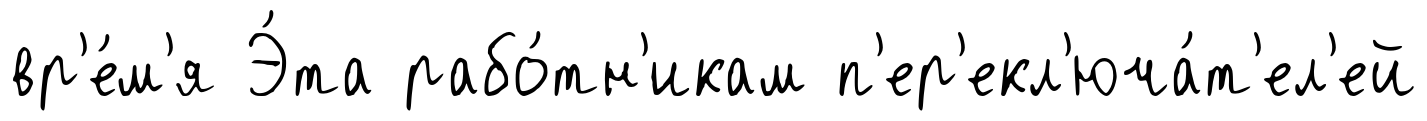
вр'е́м'я Э́та рабо́тн'икам п'ер'екл'юча́т'ел'ей